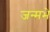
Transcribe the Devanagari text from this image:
जन्मभे